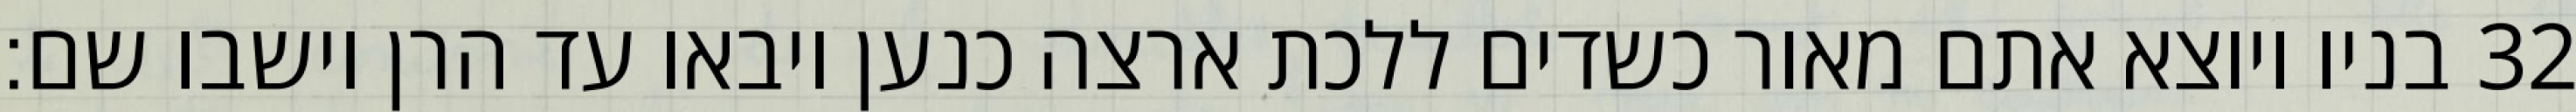
בניו ויוצא אתם מאור כשדים ללכת ארצה כנען ויבאו עד הרן וישבו שם׃ ‎32‏